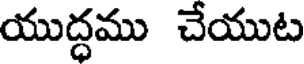
యుద్ధము చేయుట